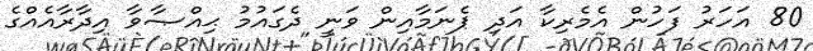
80 އަހަރު ފަހުން އެމެރިކާ އަދި ޕެނަމާއިން ވަނީ ދެގައުމު ޙިއްޞާވާ އިދާރާއެއްގެ